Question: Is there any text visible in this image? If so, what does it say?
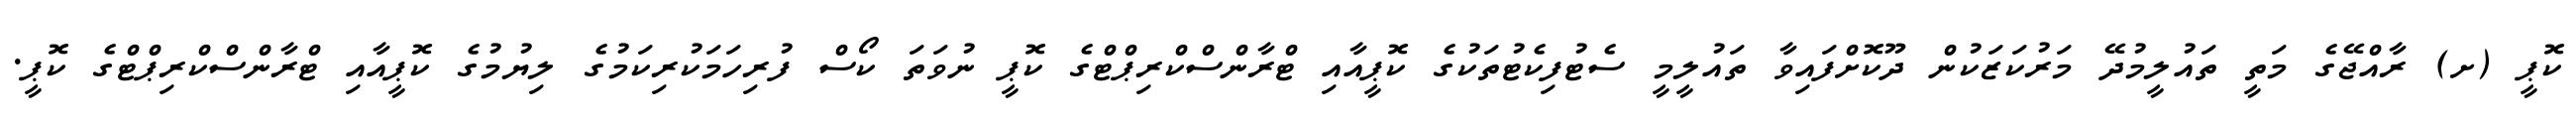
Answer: ކޮޕީ (ށ) ރާއްޖޭގެ މަތީ ތައުލީމުދޭ މަރުކަޒަކުން ދޫކޮށްފައިވާ ތައުލީމީ ސެޓުފިކެޓުތަކުގެ ކޮޕީއާއި ޓްރާންސްކްރިޕްޓްގެ ކޮޕީ ނުވަތަ ކޯސް ފުރިހަމަކުރިކަމުގެ ލިޔުމުގެ ކޮޕީއާއި ޓްރާންސްކްރިޕްޓްގެ ކޮޕީ.